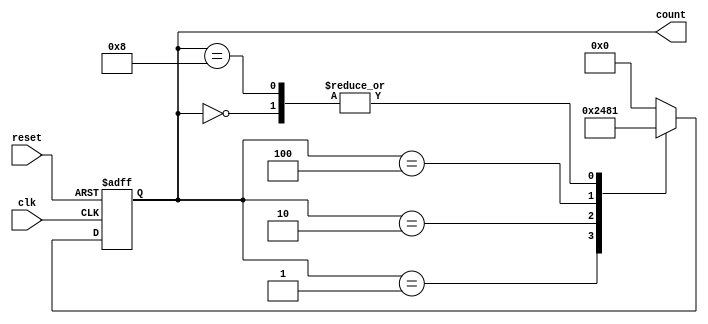
module ring_counter (
    input wire clk,        // Clock input
    input wire reset,      // Reset input
    output reg [3:0] count // 4-bit counter output
);

reg [3:0] next_count;     // Next state of the counter

// Sequential logic block
always @(posedge clk or posedge reset) begin
    if (reset) begin
        count <= 4'b0000; // Reset the counter to 0
    end else begin
        count <= next_count; // Update the counter with the next state
    end
end

// Combinational logic block to compute the next state of the counter
always @* begin
    case (count)
        4'b0000: next_count = 4'b0001;
        4'b0001: next_count = 4'b0010;
        4'b0010: next_count = 4'b0100;
        4'b0100: next_count = 4'b1000;
        4'b1000: next_count = 4'b0001;
        default: next_count = 4'b0000;
    endcase
end

endmodule